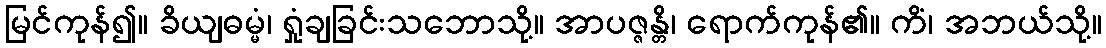
မြင်ကုန်၍။ ခိယျဓမ္မံ၊ ရှုံချခြင်းသဘောသို့။ အာပဇ္ဇန္တိ၊ ရောက်ကုန်၏။ ကိံ၊ အဘယ်သို့။